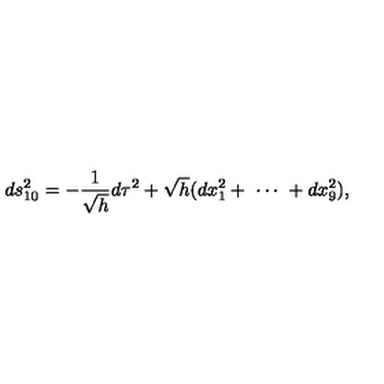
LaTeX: d s _ { 1 0 } ^ { 2 } = - \frac { 1 } { \sqrt { h } } d \tau ^ { 2 } + \sqrt { h } ( d x _ { 1 } ^ { 2 } + \ \cdots \ + d x _ { 9 } ^ { 2 } ) ,